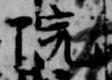
院